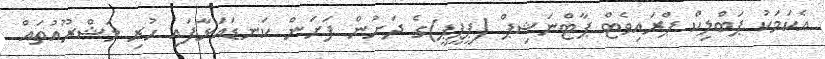
އެކަމަކު ޕަބްލިކް ޕްރައިވެޓް ޕާޓްނަޝިޕް (ޕީޕީޕީ)ގެ ދަށުން ފަށަން ކަނޑައަޅާފައި ހުރި މަޝްރޫއުތައް